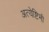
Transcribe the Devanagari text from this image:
अत्येष्टिभी